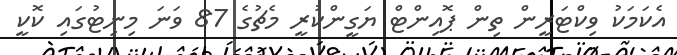
އެކަމަކު ވިކްޓަރީން ތިން ޕޮއިންޓް ޔަގީންކުރީ މެޗުގެ 87 ވަނަ މިނިޓުގައި ކޮކީ